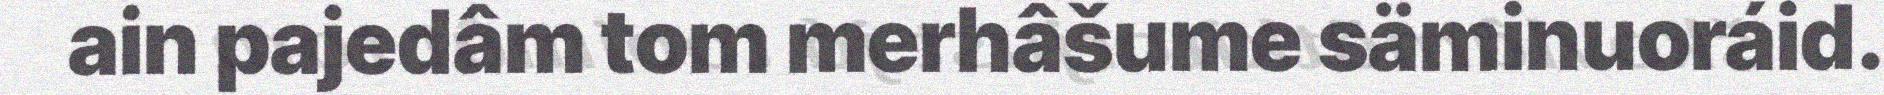
ain pajedâm tom merhâšume säminuoráid.